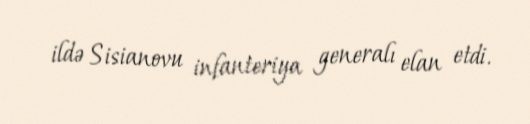
ildə Sisianovu infanteriya generalı elan etdi.